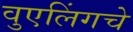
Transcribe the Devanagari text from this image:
वुएलिंगचे